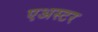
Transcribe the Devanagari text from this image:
एअस्टर